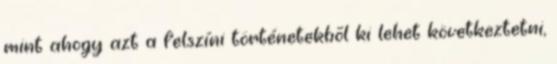
mint ahogy azt a felszíni történetekbõl ki lehet következtetni,